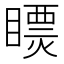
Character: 𥋄